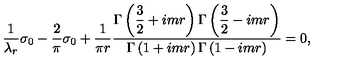
\frac { 1 } { \lambda _ { r } } \sigma _ { 0 } - \frac { 2 } { \pi } \sigma _ { 0 } + \frac { 1 } { \pi r } \frac { \displaystyle \Gamma \left( \frac { 3 } { 2 } + i m r \right) \Gamma \left( \frac { 3 } { 2 } - i m r \right) } { \displaystyle \Gamma \left( 1 + i m r \right) \Gamma \left( 1 - i m r \right) } = 0 ,